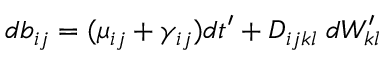
d b _ { i j } = ( \mu _ { i j } + \gamma _ { i j } ) d t ^ { \prime } + D _ { i j k l } \; d W _ { k l } ^ { \prime }